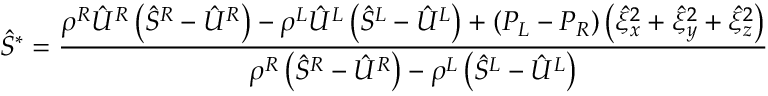
\hat { S } ^ { * } = \frac { \rho ^ { R } \hat { U } ^ { R } \left( \hat { S } ^ { R } - \hat { U } ^ { R } \right) - \rho ^ { L } \hat { U } ^ { L } \left( \hat { S } ^ { L } - \hat { U } ^ { L } \right) + \left( P _ { L } - P _ { R } \right) \left( \hat { \xi } _ { x } ^ { 2 } + \hat { \xi } _ { y } ^ { 2 } + \hat { \xi } _ { z } ^ { 2 } \right) } { \rho ^ { R } \left( \hat { S } ^ { R } - \hat { U } ^ { R } \right) - \rho ^ { L } \left( \hat { S } ^ { L } - \hat { U } ^ { L } \right) }